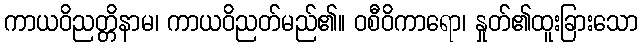
ကာယဝိညတ္တိနာမ၊ ကာယဝိညတ်မည်၏။ ဝစီဝိကာရော၊ နှုတ်၏ထူးခြားသော